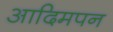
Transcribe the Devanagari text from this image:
आदिमपन